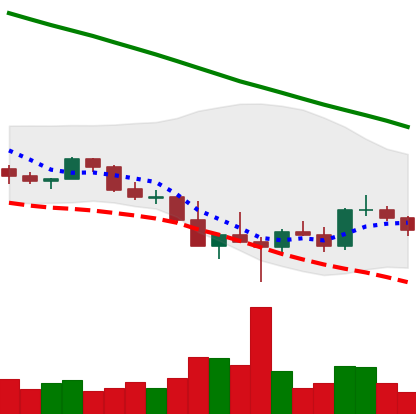
Ticker: ADA-USD
Chart end date: 2022-03-03
Forward return: -11.234%
Label: down_7plus